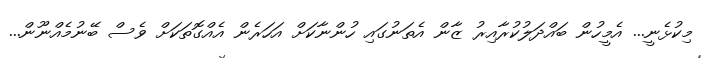
މިކުޅެނީ... އެމީހުން ބައްދަލުކުރާއިރު ޒާން އެތަނުގައި ހުންނާކަށް އަހަރެން އެއްގޮތަކަށް ވެސް ބޭނުމެއްނޫން...